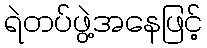
ရဲတပ်ဖွဲ့အနေဖြင့်